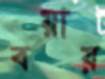
বয়ায়